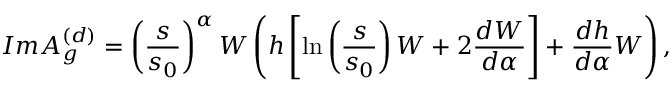
{ \cal I } m A _ { g } ^ { ( d ) } = \left( \frac { s } { s _ { 0 } } \right) ^ { \alpha } W \left( h \left[ \ln \left( \frac { s } { s _ { 0 } } \right) W + 2 \frac { d W } { d \alpha } \right] + \frac { d h } { d \alpha } W \right) ,